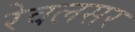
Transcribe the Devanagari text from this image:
रेवलसर